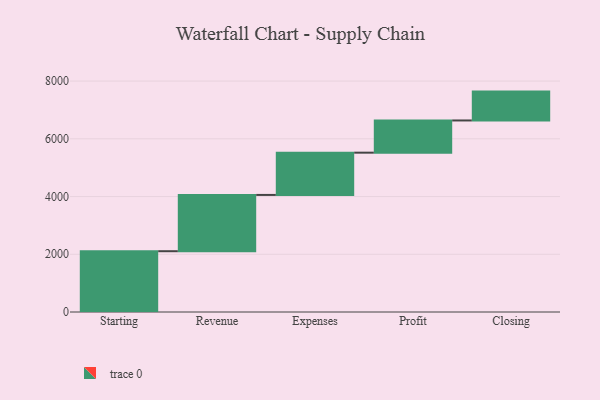
{"axis": {"x": "Step", "y": "Value"}, "legend": [""], "data": [{"x": "Starting", "y": 2106.0, "type": ""}, {"x": "Revenue", "y": 1950.0, "type": ""}, {"x": "Expenses", "y": 1464.0, "type": ""}, {"x": "Profit", "y": 1116.0, "type": ""}, {"x": "Closing", "y": 1000, "type": ""}]}